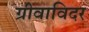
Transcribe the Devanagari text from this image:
ग्रीवाविदर